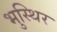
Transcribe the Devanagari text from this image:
भुस्थिर